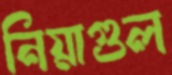
নিয়াগুল